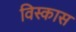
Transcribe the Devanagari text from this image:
विस्कास